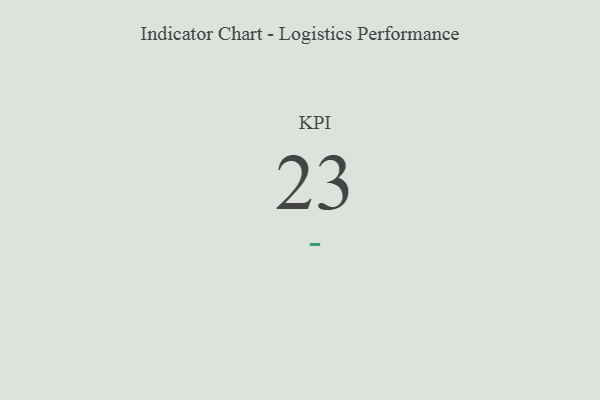
{"axis": {"x": "KPI", "y": "Value"}, "legend": [""], "data": [{"x": "KPI", "y": 23, "type": ""}]}